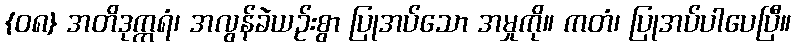
{၀၈} အတိဒုက္ကရံ၊ အလွန်ခဲယဉ်းစွာ ပြုအပ်သော အမှုကို။ ကတံ၊ ပြုအပ်ပါပေပြီ။